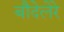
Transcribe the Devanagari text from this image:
बौदेलेरे